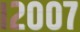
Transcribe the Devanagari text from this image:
।२००७